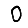
Digit: 0